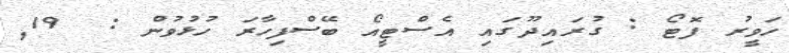
ހަވީރު ފޮޓޯ : ގުރައިދޫގައި އެސްޓީއޯ ބޭސްފިހާރަ ހުޅުވުން :  19